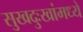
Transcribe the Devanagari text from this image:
सुखदुःखांमध्ये